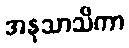
အနုသာသိကာ